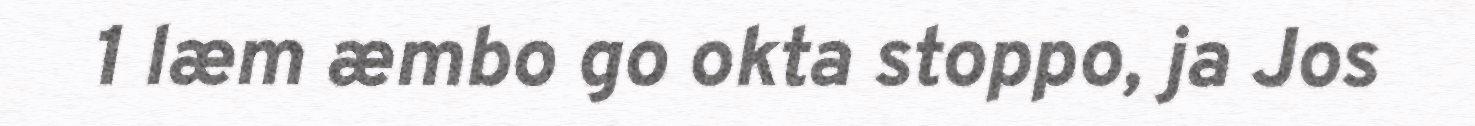
1 læm æmbo go okta stoppo, ja Jos